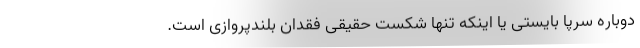
دوباره سرپا بایستی یا اینکه تنها شکست حقیقیْ فقدان بلندپروازی است.